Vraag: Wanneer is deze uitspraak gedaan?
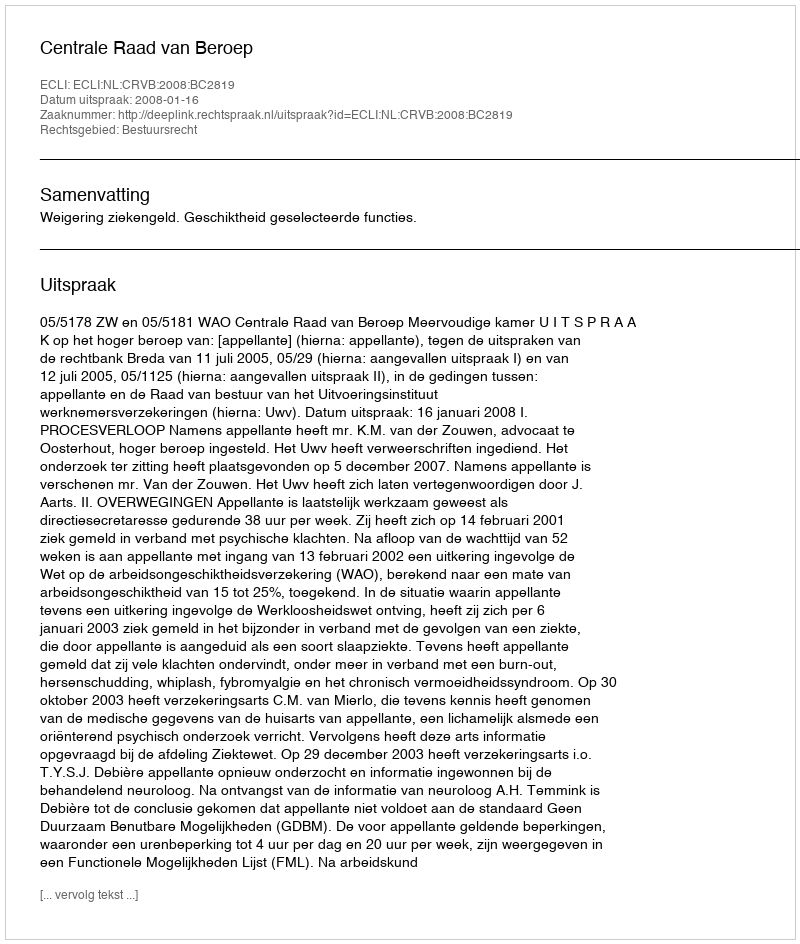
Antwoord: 2008-01-16